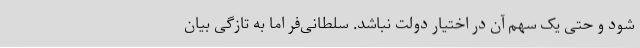
شود و حتی یک سهم آن در اختیار دولت نباشد. سلطانی‌فر اما به تازگی بیان